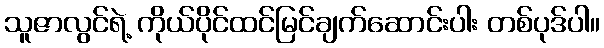
သူဇာလွင်ရဲ့ ကိုယ်ပိုင်ထင်မြင်ချက်ဆောင်းပါး တစ်ပုဒ်ပါ။